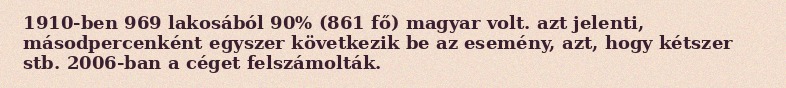
1910-ben 969 lakosából 90% (861 fő) magyar volt. azt jelenti, másodpercenként egyszer következik be az esemény, azt, hogy kétszer stb. 2006-ban a céget felszámolták.